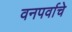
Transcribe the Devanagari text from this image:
वनपर्वाचे